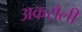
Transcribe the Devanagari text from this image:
अकरौली